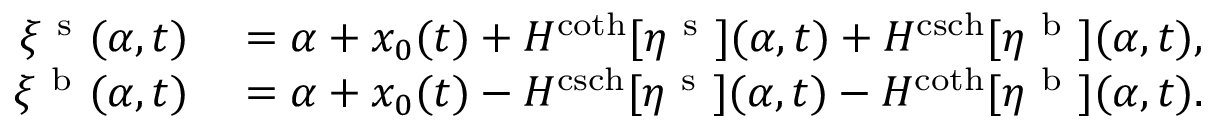
\begin{array} { r l } { \xi ^ { \mathrm { ~ s ~ } } ( \alpha , t ) } & { { } = \alpha + x _ { 0 } ( t ) + H ^ { \coth } [ \eta ^ { \mathrm { ~ s ~ } } ] ( \alpha , t ) + H ^ { \operatorname { c s c h } } [ \eta ^ { \mathrm { ~ b ~ } } ] ( \alpha , t ) , } \\ { \xi ^ { \mathrm { ~ b ~ } } ( \alpha , t ) } & { { } = \alpha + x _ { 0 } ( t ) - H ^ { \operatorname { c s c h } } [ \eta ^ { \mathrm { ~ s ~ } } ] ( \alpha , t ) - H ^ { \coth } [ \eta ^ { \mathrm { ~ b ~ } } ] ( \alpha , t ) . } \end{array}